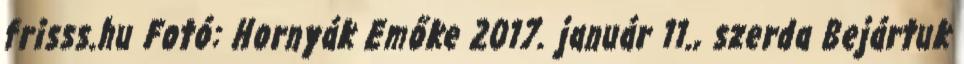
frisss.hu Fotó: Hornyák Emőke 2017. január 11., szerda Bejártuk